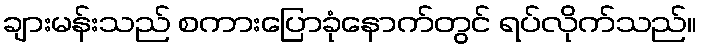
ချားမန်းသည် စကားပြောခုံနောက်တွင် ရပ်လိုက်သည်။